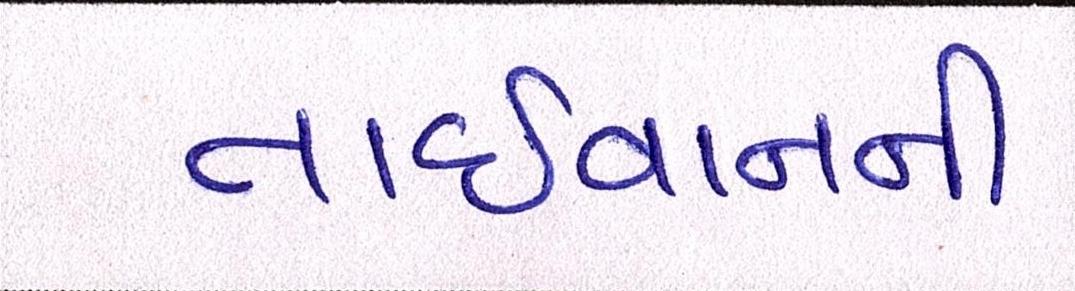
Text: તાઈવાનની